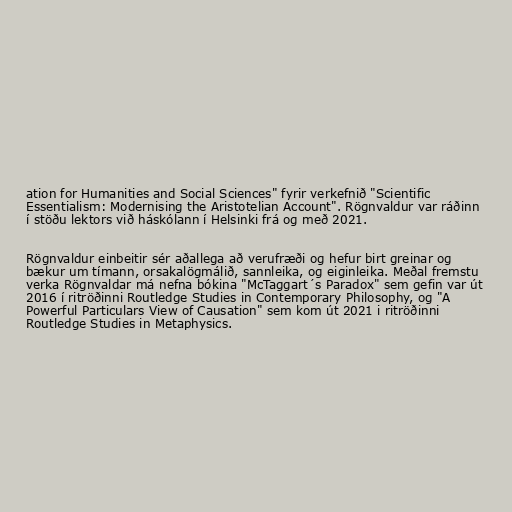
ation for Humanities and Social Sciences" fyrir verkefnið "Scientific
Essentialism: Modernising the Aristotelian Account". Rögnvaldur var ráðinn
í stöðu lektors við háskólann í Helsinki frá og með 2021.

Rögnvaldur einbeitir sér aðallega að verufræði og hefur birt greinar og
bækur um tímann, orsakalögmálið, sannleika, og eiginleika. Meðal fremstu
verka Rögnvaldar má nefna bókina "McTaggart´s Paradox" sem gefin var út
2016 í ritröðinni Routledge Studies in Contemporary Philosophy, og "A
Powerful Particulars View of Causation" sem kom út 2021 i ritröðinni
Routledge Studies in Metaphysics.